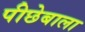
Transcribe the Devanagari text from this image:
पीछेबाला